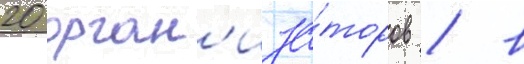
20 орган'иза́торов / в